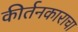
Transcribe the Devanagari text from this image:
कीर्तनकाराचा